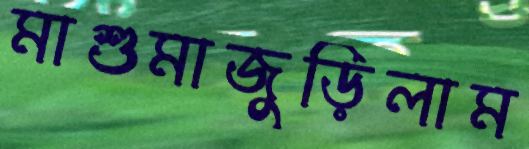
মাশুমাজুড়িলাম